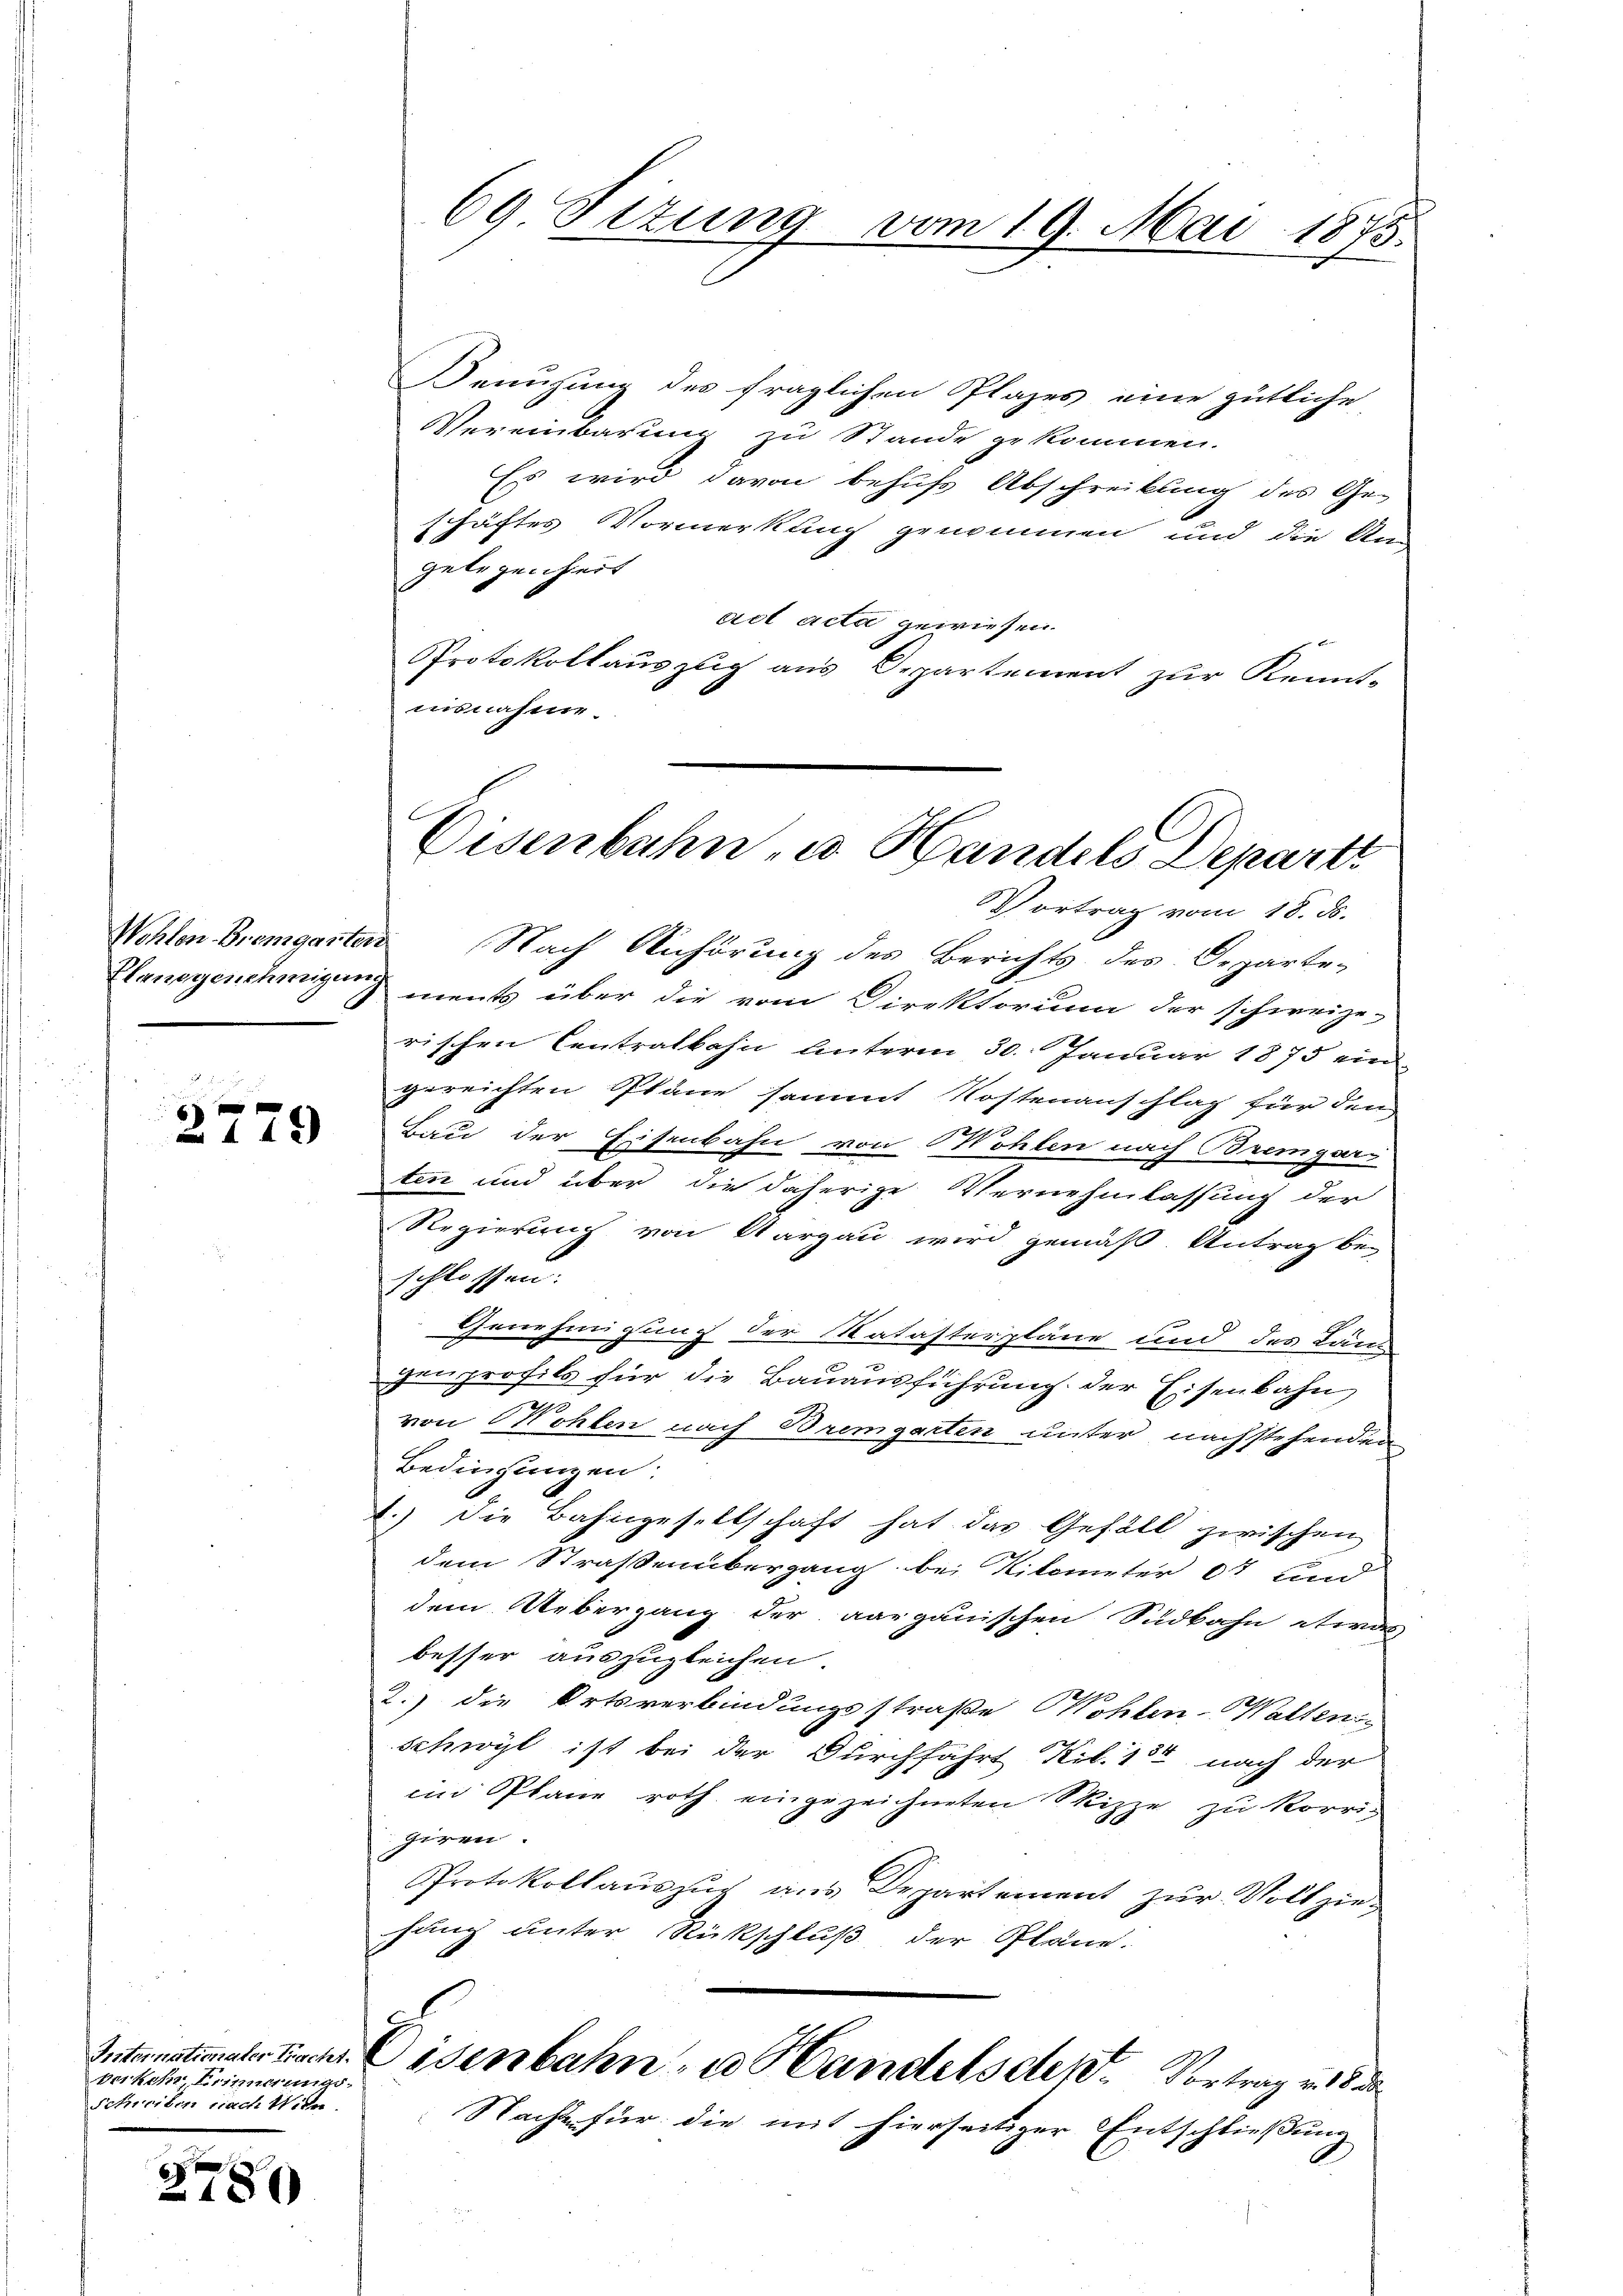
x
2779

Trikehr Erinnerungs-
Schriem nach Witter

2780

69. Setung vom 19. Mai 1875.

Benuzung des fraglichen Plazes eine gütliche
Vereinbarung zu Stande gekommen.
Es wird davon behufs Abschreibung des Ge-
schäftes Vormerkung genommen und die An
Gelegenheit
ciel acta gewiesen.
Protokollauszug aus Departement zur Kennt-
nisnahme.
Vertrag vom 18. ds.
Wehten Bremgarten Nach Anhörung des Berichts des Departe-
Plangenehmigung ments über die vom Direktorium der schweize-
rischen Centralkahn unterm 30. Januar 1875 ein
gereichten Pläne sammt Kostenanschlag für den
Bau der Eisenbahn von Wohlen nach Bremgars
ten und über die daherige Vernehmlassung der
Regierung von Aargau wird gemäß Antrag be-
schlossen:
Genehmigung der Katasterpläne und des Läng
genprofils für die Bauausführung der Eisenbahn
.
von Wohlen nach Bremgarten unter nachstehenden
Bedingungen:
1.) Die Bahngesellschaft hat das Gefäll zwischen
dem Straßenübergang bei Kilometer 61 und
dem Uebergang der aargauischen Südbahn etwas
besser auszugleichen.
2.) die Ortsverbindungsstraße Wohlen-Waltens
Schwyl ist bei der Durchfahrt Kil. 134 nach der
ein Plane roth eingezeichneten Skizze zu korrig
Gegen
Protokollauszug aus Departement zur Vollziehung unter Rückschluß der Pläne.
Internationaler Fisch. Eisenbahn u Handels der Vortrag v. 18 d
Nacht für die mit hierseitiger Entschließung

Eisenbahn, u. Handels Depart